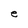
Character: e